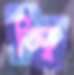
তিতু